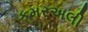
કમરઅલી